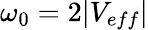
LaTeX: \omega_{0}=2|V_{eff}|